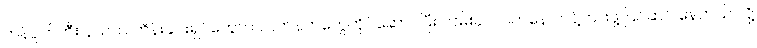
ကန်ပိုက်တီး နယ်က ဘိန်းခင်းရှင်တွေက လက်နက်တွေကိုင်ဆောင်ပြီး လမ်းခုလပ်ကနေ ဟန့်တားဖို့ ပြင်ဆင် နေတယ် လို့